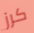
كرز